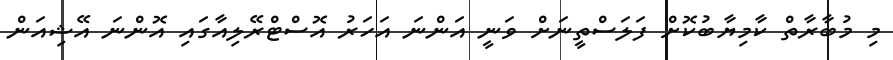
މި މުބާރާތް ކާމިޔާބުކޮށް ފަލަސްތީނަށް ވަނީ އަންނަ އަހަރު އޮސްޓްރޭލިއާގައި އޮންނަ އޭޝިއަން